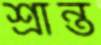
শ্রান্ত